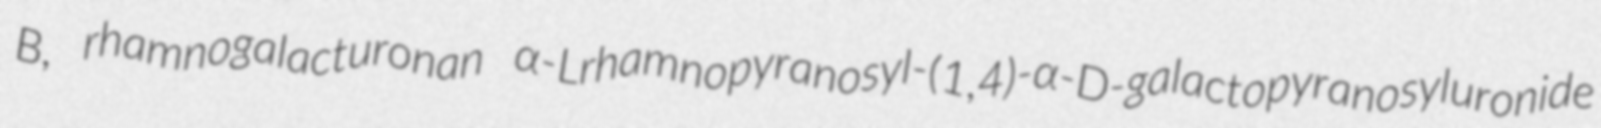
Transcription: B, rhamnogalacturonan α-Lrhamnopyranosyl-(1,4)-α-D-galactopyranosyluronide